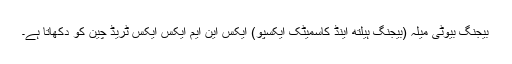
بیجنگ بیوٹی میلہ (بیجنگ ہیلتھ اینڈ کاسمیٹک ایکسپو) ایکس این ایم ایکس ایکس ٹریڈ چین کو دکھاتا ہے۔